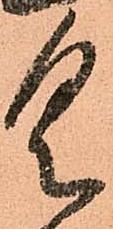
具